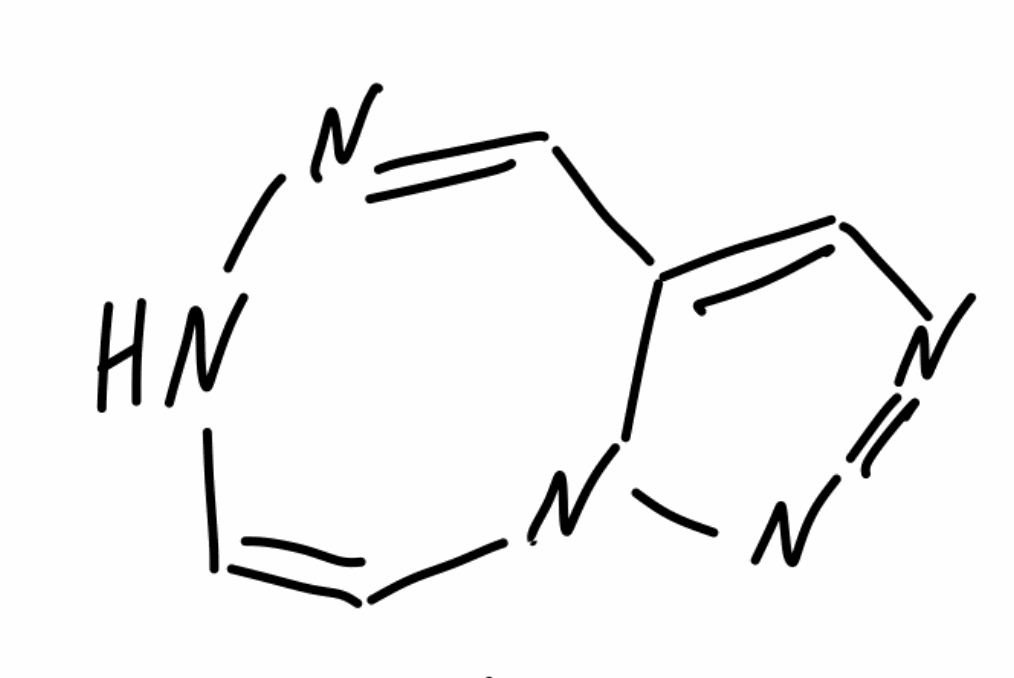
Simplified molecular-input line-entry system (SMILES) notation of the given molecule:
C1=CN2C(=CN=N2)C=NN1